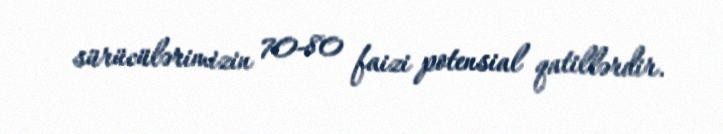
sürücülərimizin 70-80 faizi potensial qatillərdir.